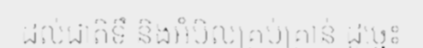
ដល់ជាតិទឹ និងអំបិលគ្រប់គ្រាន់ ដូច្នេះ